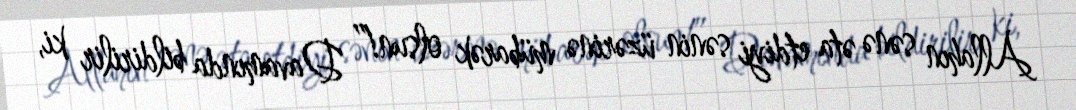
Allahın sənə əta etdiyi sənin üzərinə mübarək olsun!” Davamında bildirilir ki,